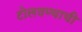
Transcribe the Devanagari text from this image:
टोलवण्याची